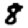
Digit: 8